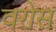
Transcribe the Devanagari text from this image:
वरोस